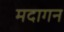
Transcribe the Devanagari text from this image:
मदागन